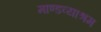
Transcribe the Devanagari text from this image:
माण्डव्याश्रम